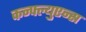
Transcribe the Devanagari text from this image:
कन्फ्ल्युएन्स